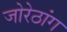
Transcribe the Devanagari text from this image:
जोरेठांग